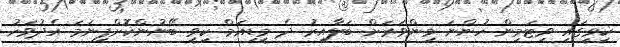
ކިވީގައި ވިޓަމިން ހުންނަ މިންވަރަށް ބަލާއިރު ދެ މީޑިއަމް ކިވީ ބޭނުންކޮށްފިނަމަ އެދުވަހު